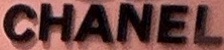
CHANEL